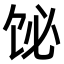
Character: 𫗣